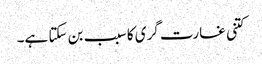
کتنی غارت گری کا سبب بن سکتا ہے۔